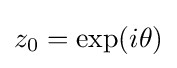
z_{0}=\exp(i\theta )